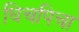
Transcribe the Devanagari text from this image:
घिचपिचा